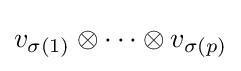
v_{\sigma (1)}\otimes \dots \otimes v_{\sigma (p)}